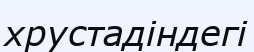
хрустадіндегі